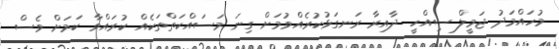
މުހައްމަދު ޖަމީލް ސިއްހީ ދާއިރާ ރަނގަޅުކުރެއްވުމަށް ގިނަ މަސައްކަތްތަކެއް ކުރައްވާ ކަމަށް ވެސް